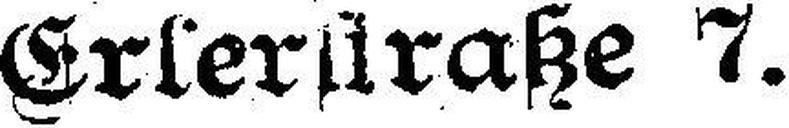
Erlerstraße 7.